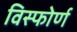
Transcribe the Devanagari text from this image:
विस्फोर्ण